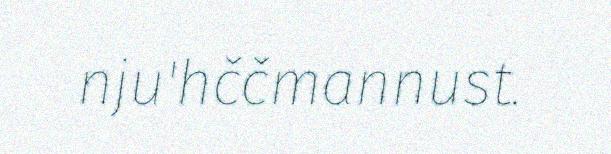
nju'hččmannust.